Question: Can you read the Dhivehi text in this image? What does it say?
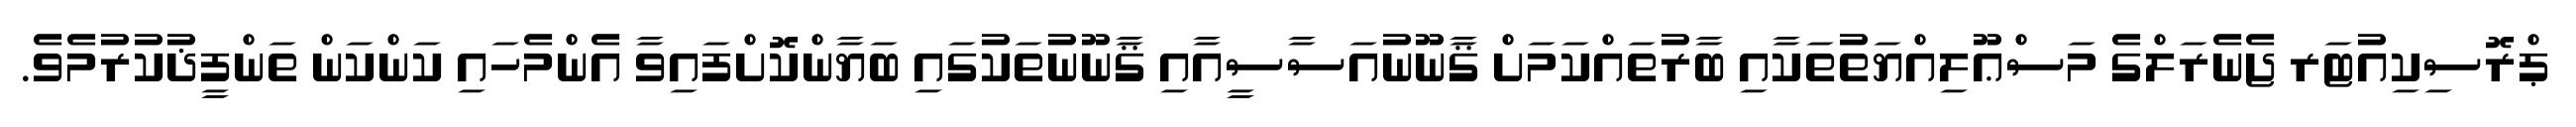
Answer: ޕްރޮސިކިއުޓަރ ޖެނެރަލްގެ މަސްޢޫލިއްޔަތުތަކާއި ބާރުތައްކަމަށް ޤާނޫނުއަސާސީއާއި ޤާނޫނުތަކުގައި ބަޔާންކޮށްފައިވާ އެންމެހައި ކަންކަން ތަންފީޛުކުރުމެވެ.